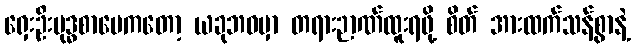
ရှေးဦးဗုဒ္ဓစာပေကတော့ ယခုဘဝမှာ တရားဉာဏ်ထူးရဖို့ စိတ် အားထက်သန်စွာနဲ့